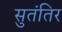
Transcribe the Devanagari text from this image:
सुतंतिर